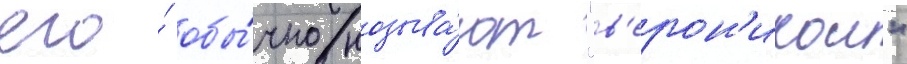
его́ обы́чно называ́ют "в'ерон'икои"